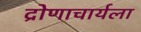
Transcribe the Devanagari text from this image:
द्रोणाचार्यला